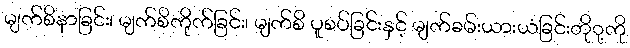
မျက်စိနာခြင်း၊ မျက်စိကိုက်ခြင်း၊ မျက်စိ ပူစပ်ခြင်းနှင့် မျက်ခမ်းယားယံခြင်းတိုု့ကို